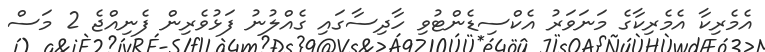
އެމެރިކާ އެމެރިކާގެ މަނަވަރު އެކްސިޑެންޓުވި ހާދިސާގައި ގެއްލުނު ފަޅުވެރިން ފެނިއްޖެ 2 މަސް